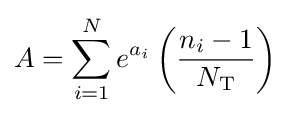
A=\mathop {\sum } \limits _{i=1}^{N}{e}^{{a}_{i}}\left({\frac {{n}_{i}-1}{{N}_{\rm {T}}}}\right)